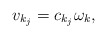
\begin{align*}v_{k_j} = c_{k_j} \omega_k,\end{align*}